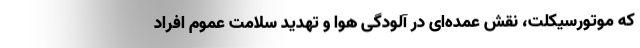
که موتورسیکلت، نقش عمده‌ای در آلودگی هوا و تهدید سلامت عموم افراد